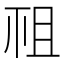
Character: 𥘲